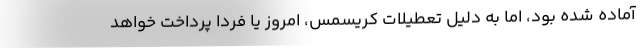
آماده شده بود، اما به دلیل تعطیلات کریسمس، امروز یا فردا پرداخت خواهد